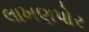
લાખણપોર